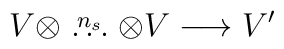
V \otimes \stackrel{n_s}{\ldots } \otimes V\longrightarrow V'